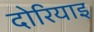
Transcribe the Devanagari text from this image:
दोरियाइ